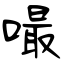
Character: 嘬